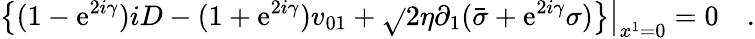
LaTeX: \left.\left\{ (1-\mathrm{e}^{2i\gamma})iD-(1+\mathrm{e}^{2i\gamma})v_{01}+{\sqrt{}{2}}\eta\partial_{1}({\bar{{\sigma}}}+\mathrm{e}^{2i\gamma}\sigma)\right\} \right|_{x^{1}=0}=0\quad.